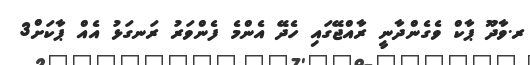
ރ.ވާދޫ ޕާކް ވެގެންދާނީ ރާއްޖޭގައި ހެދޭ އެންމެ ފެންވަރު ރަނގަޅު އެއް ޕާކަށް3